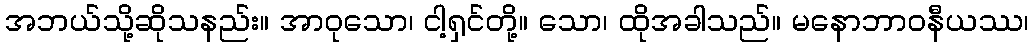
အဘယ်သို့ဆိုသနည်း။ အာဝုသော၊ ငါ့ရှင်တို့။ သော၊ ထိုအခါသည်။ မနောဘာဝနီယဿ၊